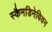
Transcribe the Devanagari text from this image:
स्कैनडिनेवियन